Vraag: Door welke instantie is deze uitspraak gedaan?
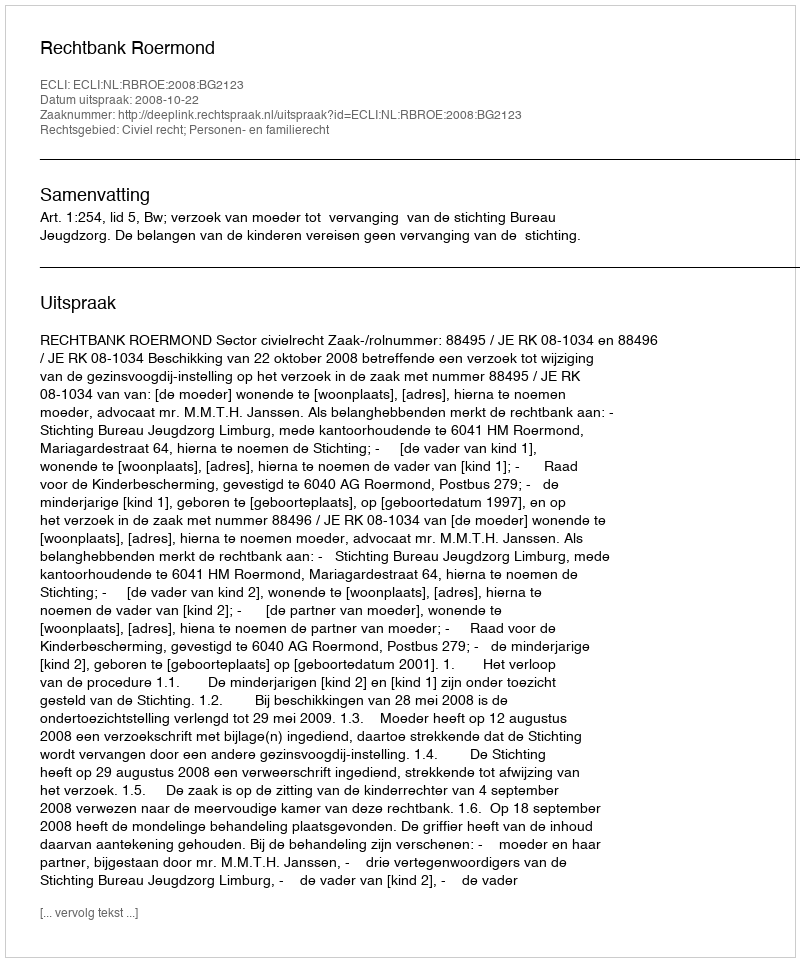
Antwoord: Rechtbank Roermond